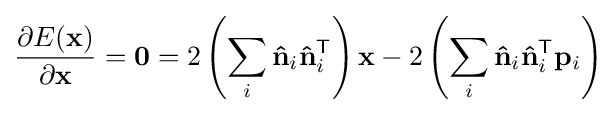
{\frac {\partial E(\mathbf {x} )}{\partial \mathbf {x} }}={\boldsymbol {0}}=2\left(\sum _{i}\mathbf {\hat {n}} _{i}\mathbf {\hat {n}} _{i}^{\mathsf {T}}\right)\mathbf {x} -2\left(\sum _{i}\mathbf {\hat {n}} _{i}\mathbf {\hat {n}} _{i}^{\mathsf {T}}\mathbf {p} _{i}\right)